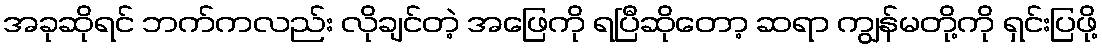
အခုဆိုရင် ဘက်ကလည်း လိုချင်တဲ့ အဖြေကို ရပြီဆိုတော့ ဆရာ ကျွန်မတို့ကို ရှင်းပြဖို့